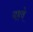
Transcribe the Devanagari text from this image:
यहवे